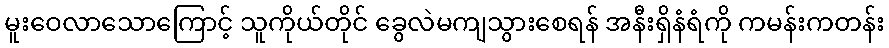
မူးဝေလာသောကြောင့် သူကိုယ်တိုင် ခွေလဲမကျသွားစေရန် အနီးရှိနံရံကို ကမန်းကတန်း